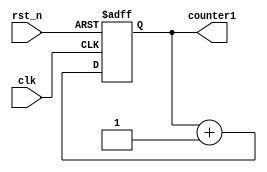
module test (
    input   clk,
    input   rst_n,
    output  counter1
);

reg counter1;


always @(posedge clk or negedge rst_n) begin
    if(!rst_n)
        counter1 <= 0;
    else
        counter1 <= counter1 + 1;
end

endmodule